King Institute of Preventive Medicine Micro-Biological Section reports 1909-11
Year: 1909
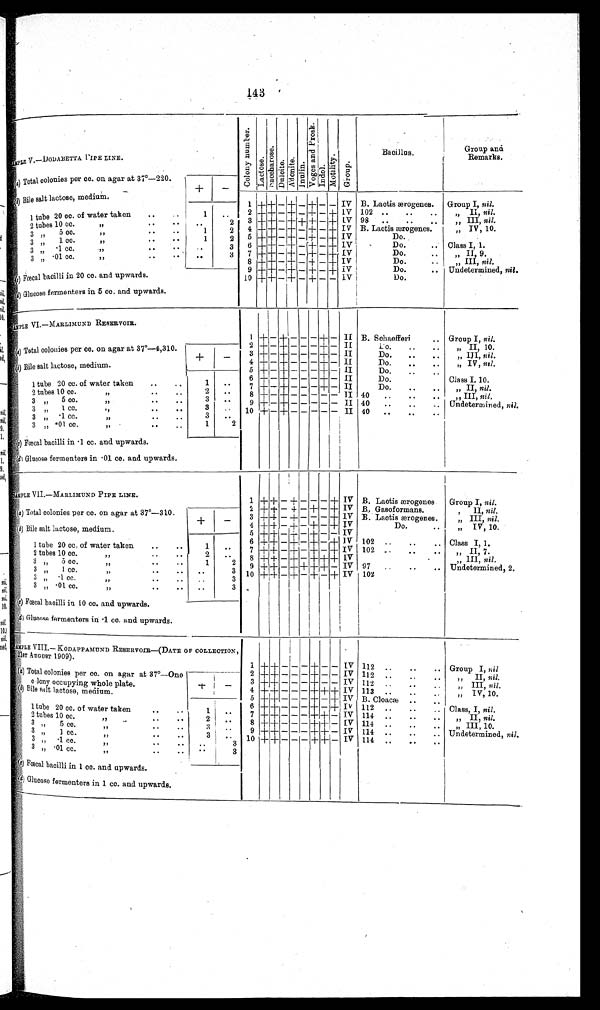
143
SAMPLE V.— DODABETTA PIPE LINE.
C o l o n y n u m b e r . Lact os e. S a c c h a r o s e . Dul ci t e. Adoni t e. Inul i n.
V o g e s a n d P r o s k .
Indol.
Mot i l i t y.
Group.
Bacillus.
Group and
Remarks.
(a) Total colonies per cc. on agar at 37°-220.
+
-
(b) Bile salt lactose, medium.
1 + + - + - + - - IV B. Lactis ærogenes. Group I, nil.
1 tube 20 cc. of water taken . .
1
. .
2 + + - + - + - + IV 102 .....
II
, ,
n i l .
2 tubes 10 cc.
,,
. .
. .
2 3 + + - + + + - + IV 98 ....
„ III, nil.
3
,,
5 cc.
, , . .
..
1
2 4 + + - + - + - + IV B. Lactis ærogenes
„ IV, 10.
3 ,,
1·cc.
,,
..
1
2 5 + + - + - + - + IV
Do.
..
3 ,,
.1 cc.
,,
..
. .
3 6 + + - + - + - + IV
Do.
.. Class I, 1.
3 „ .01 cc.
,,
. . . .
. .
3 7 + + – + - + - + IV
Do.
..
„ II, 9.
8 + + - + - + - + IV
Do.
..
„ III, nil.
9 + + - + - + - + IV
Do.
.. Undetermined, nil.
(c) Fœcal bacilli in 20 cc. and upwards.
10 + +- + - + - - 1V
Do.
..
(d) Glucose fermenters in 5 cc. and upwards.
SAMPLE VI.—MARLIMUND RESERVOIR.
1 + - + - - - + - II B. Schaefferi ..
Group I, nil.
( a ) T o t a l c o l o n i e s p e r c c . o n a g a r a t 3 7°— 4 , 3 1 0 .
+ -
2 + - + - - - + - II
Do. .. ..
„ II, 10.
3 + - + - - - + - II
Do.
..
.
„ III, nil.
4 + - + - - - + - II
Do.
..
..
,, IV, nil.
(b) Bile salt lactose, medium.
5 + - + - - - + - II
Do.
..
..
6 + - + - - - + - II
Do.
..
..
Class I. 10.
1 tube 20 cc. of water taken
..
..
1
7 + - + - - - + - II
Do.
..
..
„ II, nil.
2 tubes 10 cc.
,, ..
2
. .
8 + - + - - - - - II
40
: :
: :
„ III, nil.
3 „ 5 cc.
,, ..
3
9 + - + - - - - - II 40
..
..
Undetermined, nil.
3
1cc.
,, ..
3
10 + - + - - - - - II 40
..
..
3 ,, .1 cc.
,,
..
3
3 „ .01 cc.
,,
..
..
1
2
(c) Fœcal bacilli in .1 cc. and upwards.
(d ) Glucose fermenters in .01 cc. and upwards.
SAMPLE VII.—MARLIMUND PIPE LINE.
1 + + - + - - - + IV B. Lactis ærogenes
Group I, nil.
(a) Total colonies per cc. on agar at 37°—310.
+
-
2 + + - + - + - + IV B. Gasoformans.
, II, nil.
3 + + - + - - - + IV B. Lactis ærogenes.
„ III, nil.
IV
+ - +
Do.
..
4 + + - + -
„ IV, 10 .
(b) Bile salt lactose, medium.
IV
5 + + - + - + - -
1 tube 20 cc. of water taken
..
..
1
. . 6 + + - + - + - + IV 102 ..
_
, , Class I , 1 .
7 + +
- + - + - + IV 102 .
II, 7.
2 tubes 10 cc.
..
..
2
8
+ + - + - + + + IV
..
„ III, nil.
3 „ 5 cc.
,,
1
2 9 + + - + + + + - IV 97
Undetermined, 2.
3 „
1·cc.
..
..
..
3 10 + + - + - + - + IV 102
3 „ .1 cc.
..
..
3
3 „ .01 cc.
..
..
. .
3
( c) Fœcal bacilli in 10 cc. and upwards.
(d ) Glucose fermenters in .1 cc. and upwards.
SAMPLE VIII.— KODAPPAMUND RESERVOIR-(DATE OF COLLECTION
, 21ST AUGUST 1909). 1 + + - - - + - - IV 112 ..
..
.. Group I, nil
(a ) Total colonies per cc. on agar at 37°—One
colony occupying whole plate.
+
-
2 + + - - - + - - IV 112
..
..
..
„ II, nil.
IV
3 + + - - - + - -
112.
..
..
..
III, nil.
(b) Bile salt lactose, medium.
4 + + - - - + + + IV 113
..
IV, 10.
5 + + - - - + - + IV B. Cloacæ
1
tube
20
cc.
of taken
..
..
..
1
. . 6 + + - - - + - + IV 112 ..
..
, Class, I ,n i l .
2
tube
10
cc.
..
..
..
2
. .
7 + + - - - + + - IV 114 ..
..
, ,
„ II, nil.
3 „ 5 cc.
,,
..
..
3
8 + + - - - + + - IV 114
..
III, 10.
3 „.1cc.
, , . .
. .
3
9 + + - - - + + - IV 114 ..
.
.. Undetermined, nil.
3 „ .01 cc.
„
..
..
. .
3 10 + + - - - + + - IV
114 ..
.
..
3
( c) Fœcal bacilli in 1 cc. and upwards.
(d) Glucose fermenters in 1 cc. and upwards.